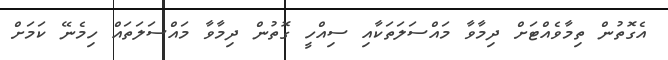
އެގޮތުން ތިމާވެއްޓަށް ދިމާވާ މައްސަލަތަކާއި ސިއްހީ ގޮތުން ދިމާވާ މައްސަލަތައް ހިމެނޭ ކަމަށް